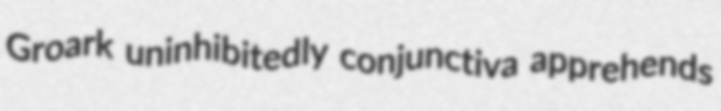
Groark uninhibitedly conjunctiva apprehends